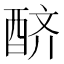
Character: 𨠨